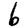
Digit: 6